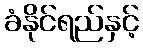
ခံနိုင်ရည်နှင့်